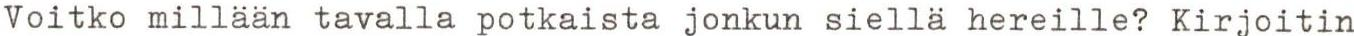
Voitko millään tavalla potkaista jonkun siellä hereille? Kirjoitin